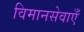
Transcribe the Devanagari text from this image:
विमानसेवाएँ